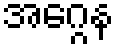
အဂ္ဂေန